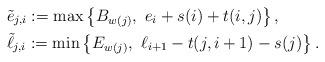
LaTeX: \begin{align*} &\tilde{e}_{j,i}:= \max \left\{ B_{w(j)},~ e_{i} + s(i)+t(i, j) \right\}, \\ &\tilde{\ell}_{j,i}:= \min \left\{ E_{w(j)}, ~ \ell_{i+1}-t(j,i+1) - s(j) \right\}.\end{align*}